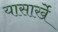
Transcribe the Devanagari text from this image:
यासार्खे